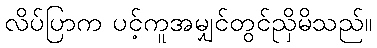
လိပ်ပြာက ပင့်ကူအမျှင်တွင်ညှိမိသည်။